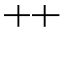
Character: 艹